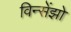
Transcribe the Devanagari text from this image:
विन्सेंझो